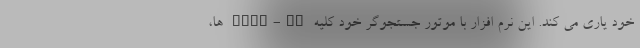
خود یاری می کند. این نرم افزار با موتور جستجوگر خود کلیه Adds-on ها،